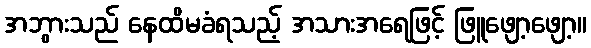
အဘွားသည် နေထိမခံရသည့် အသားအရေဖြင့် ဖြူဖျော့ဖျော့။